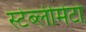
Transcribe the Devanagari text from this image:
स्टेब्लीमेंटो